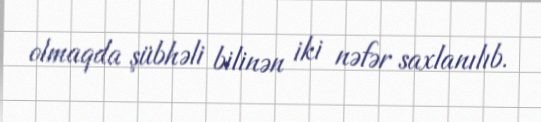
olmaqda şübhəli bilinən iki nəfər saxlanılıb.